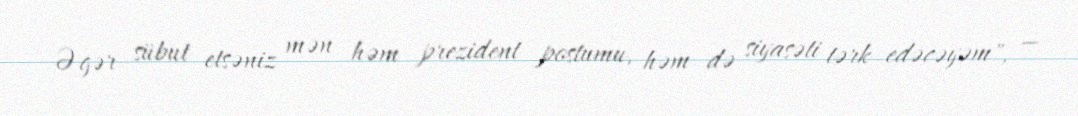
Əgər sübut etsəniz mən həm prezident postumu, həm də siyasəti tərk edəcəyəm", —